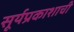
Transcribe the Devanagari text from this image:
सूर्यप्रकाशाची